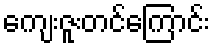
ကျေးဇူးတင်ကြောင်း